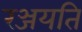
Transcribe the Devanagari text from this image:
रञ्जयति